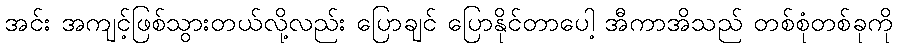
အင်း အကျင့်ဖြစ်သွားတယ်လို့လည်း ပြောချင် ပြောနိုင်တာပေါ့ အီကာအိသည် တစ်စုံတစ်ခုကို